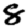
Digit: 8